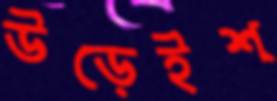
উড়েইশ